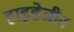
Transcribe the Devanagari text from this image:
हाइडेजीन